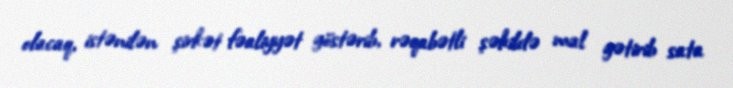
olacaq, istənilən şirkət fəaliyyət göstərib, rəqabətli şəkildə mal gətirib sata